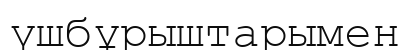
үшбұрыштарымен